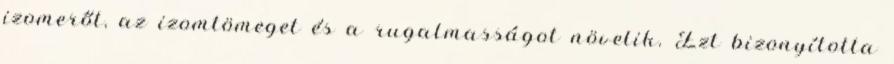
izomerőt, az izomtömeget és a rugalmasságot növelik. Ezt bizonyította